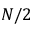
N / 2